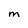
Character: m